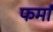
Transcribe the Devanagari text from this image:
फर्मां